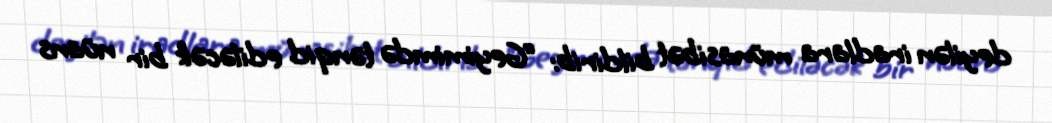
deyilən iradlara münasibət bildirib: “Geyimimdə tənqid ediləcək bir nüans